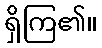
ရှိကြ၏။